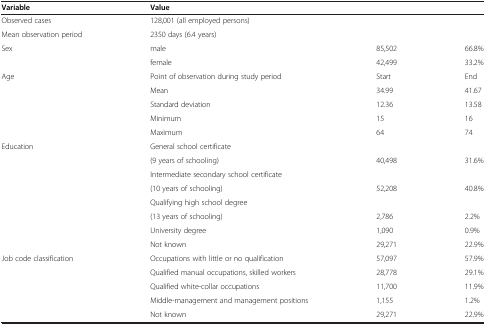
<table><thead><tr><td><b>Variable</b></td><td colspan="3"><b>Value</b></td></tr></thead><tbody><tr><td>Observed cases</td><td colspan="3">128,001 (all employed persons)</td></tr><tr><td>Mean observation period</td><td colspan="3">2350 days (6.4 years)</td></tr><tr><td rowspan="2">Sex</td><td>male</td><td>85,502</td><td>66.8%</td></tr><tr><td>female</td><td>42,499</td><td>33.2%</td></tr><tr><td rowspan="5">Age</td><td>Point of observation during study period</td><td>Start</td><td>End</td></tr><tr><td>Mean</td><td>34.99</td><td>41.67</td></tr><tr><td>Standard deviation</td><td>12.36</td><td>13.58</td></tr><tr><td>Minimum</td><td>15</td><td>16</td></tr><tr><td>Maximum</td><td>64</td><td>74</td></tr><tr><td rowspan="8">Education</td><td>General school certificate</td><td> </td><td> </td></tr><tr><td>(9 years of schooling)</td><td>40,498</td><td>31.6%</td></tr><tr><td>Intermediate secondary school certificate</td><td> </td><td> </td></tr><tr><td>(10 years of schooling)</td><td>52,208</td><td>40.8%</td></tr><tr><td>Qualifying high school degree</td><td> </td><td> </td></tr><tr><td>(13 years of schooling)</td><td>2,786</td><td>2.2%</td></tr><tr><td>University degree</td><td>1,090</td><td>0.9%</td></tr><tr><td>Not known</td><td>29,271</td><td>22.9%</td></tr><tr><td rowspan="4">Job code classification</td><td>Occupations with little or no qualification</td><td>57,097</td><td>57.9%</td></tr><tr><td>Qualified manual occupations, skilled workers</td><td>28,778</td><td>29.1%</td></tr><tr><td>Qualified white-collar occupations</td><td>11,700</td><td>11.9%</td></tr><tr><td>Middle-management and management positions</td><td>1,155</td><td>1.2%</td></tr><tr><td> </td><td>Not known</td><td>29,271</td><td>22.9%</td></tr></tbody></table>